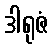
ဒါရုဇံ